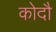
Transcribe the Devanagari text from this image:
कोदौ